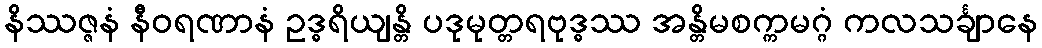
နိဿဇ္ဇနံ နီဝရဏာနံ ဥဒ္ဓရိယျန္တိ ပဒုမုတ္တရဗုဒ္ဓဿ အန္တိမစက္ကမဂ္ဂံ ကလသင်္ချာနေ